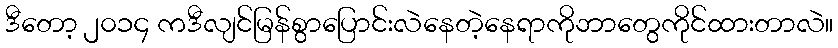
ဒီတော့ ၂၀၁၄ ကဒီလျင်မြန်စွာပြောင်းလဲနေတဲ့နေရာကိုဘာတွေကိုင်ထားတာလဲ။